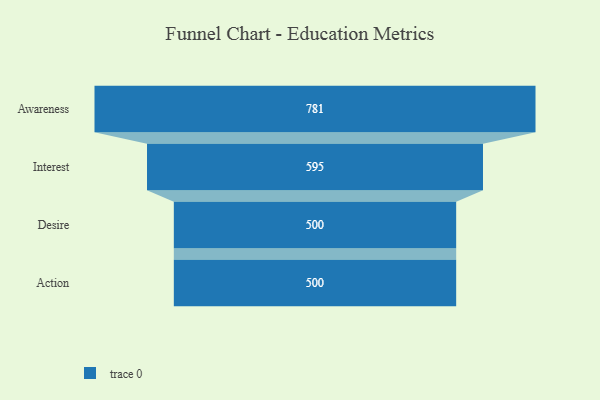
{"axis": {"x": "Stage", "y": "Value"}, "legend": [""], "data": [{"x": "Awareness", "y": 781.0, "type": ""}, {"x": "Interest", "y": 595.0, "type": ""}, {"x": "Desire", "y": 500, "type": ""}, {"x": "Action", "y": 500, "type": ""}]}